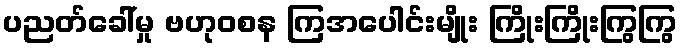
ပညတ်ခေါ်မှု ဗဟုဝစန ကြအပေါင်းမျိုး ကြိုးကြိုးကြွကြွ